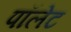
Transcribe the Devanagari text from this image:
पॉलेट